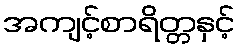
အကျင့်စာရိတ္တနှင့်